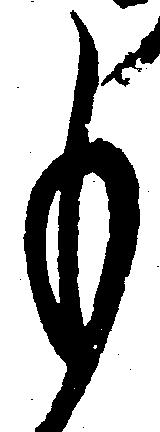
も